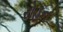
રોહન